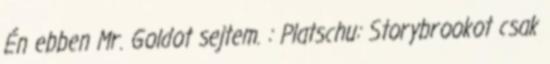
Én ebben Mr. Goldot sejtem. : Platschu: Storybrookot csak